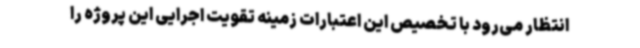
انتظار می‌رود با تخصیص این اعتبارات زمینه تقویت اجرایی این پروژه را